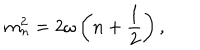
m _ { n } ^ { 2 } = 2 \omega \left( n + \frac { 1 } { 2 } \right) ,